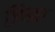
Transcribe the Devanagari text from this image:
ज़िबहा